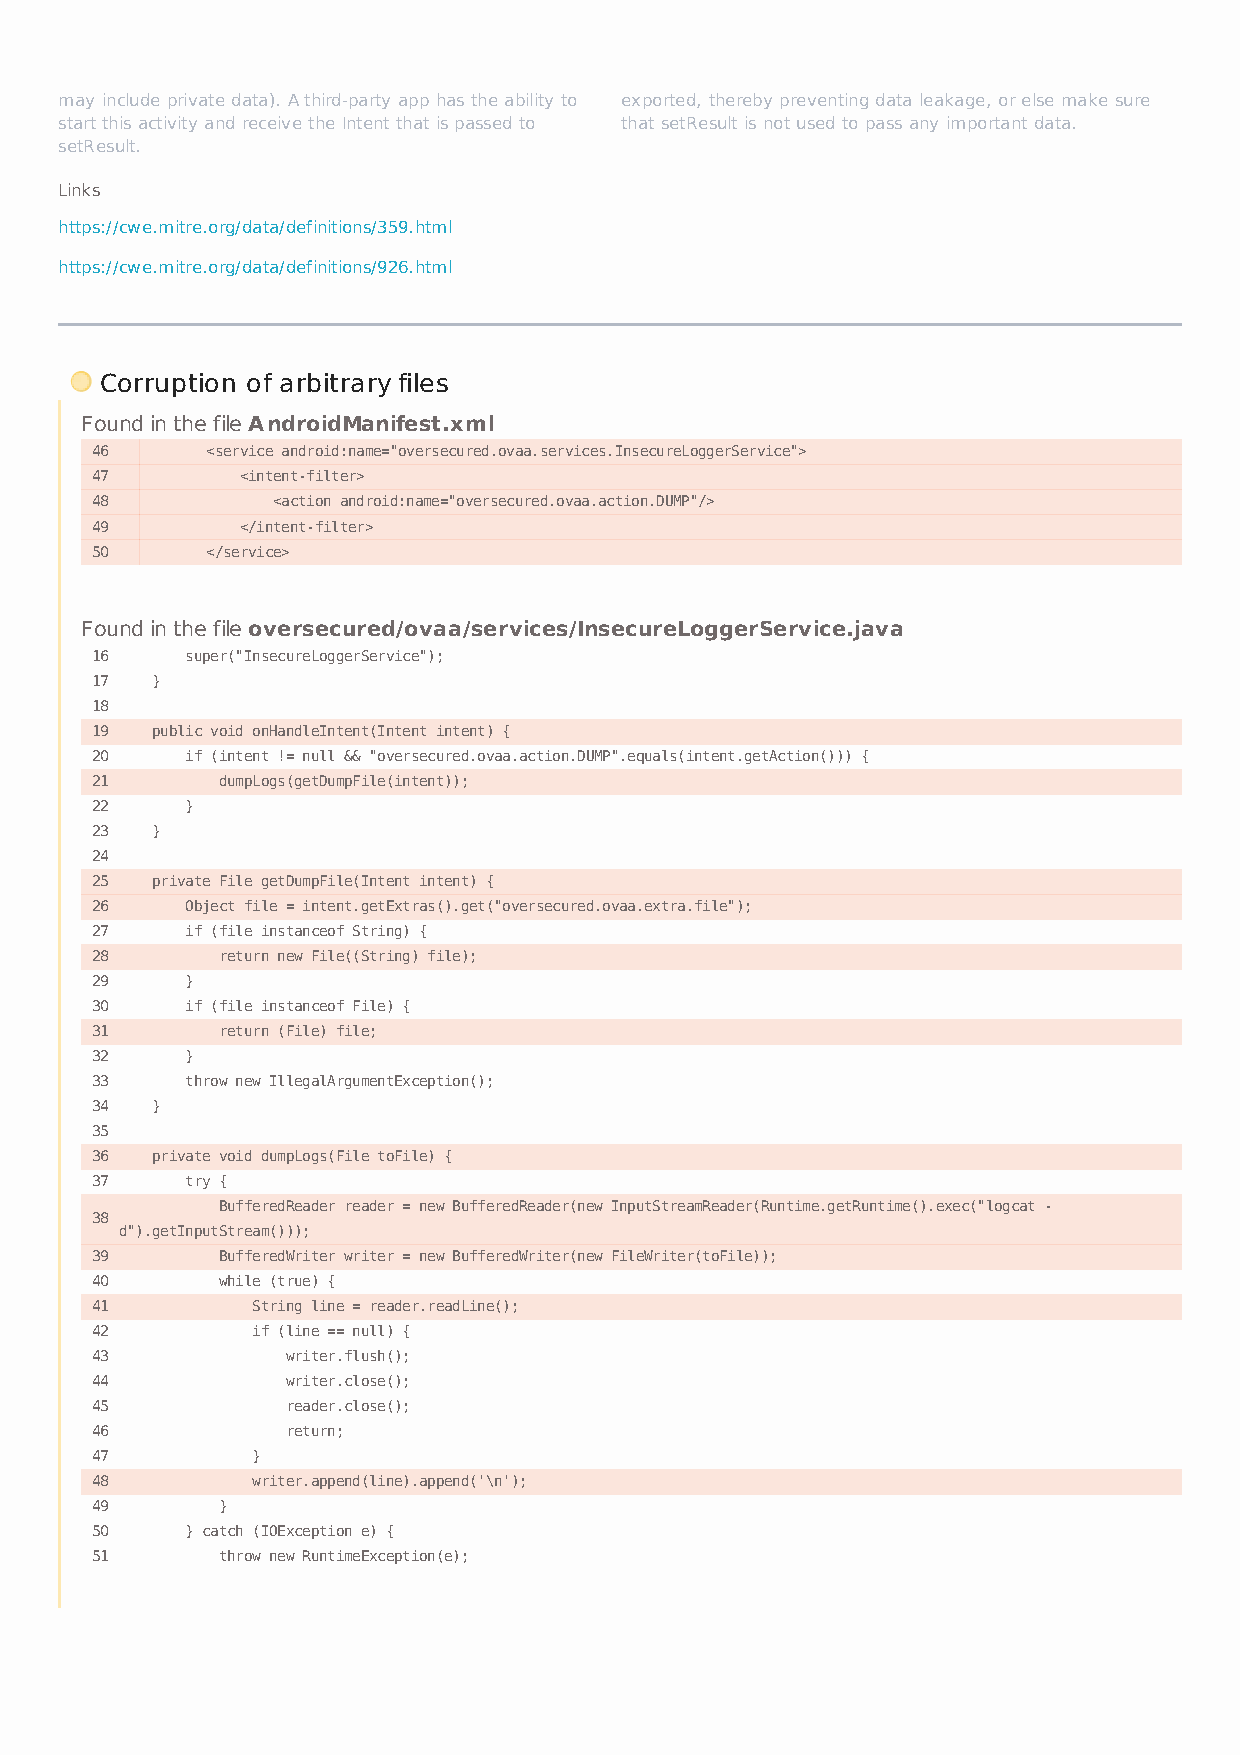
may include private data). A third-party app has the ability to exported, thereby preventing data leakage, or else make sure
 start this activity and receive the Intent that is passed to that setResult is not used to pass any important data.
 setResult.
 Links
 https://cwe.mitre.org/data/definitions/359.html
 https://cwe.mitre.org/data/definitions/926.html
 Corruption of arbitrary files
 Found in the file AndroidManifest.xml
 46      <service android:name="oversecured.ovaa.services.InsecureLoggerService">
 47        <intent-filter>
 48          <action android:name="oversecured.ovaa.action.DUMP"/>
 49        </intent-filter>
 50      </service>
 Found in the file oversecured/ovaa/services/InsecureLoggerService.java
 16    super("InsecureLoggerService");
 17  }
 18
 19  public void onHandleIntent(Intent intent) {
 20    if (intent != null && "oversecured.ovaa.action.DUMP".equals(intent.getAction())) {
 21      dumpLogs(getDumpFile(intent));
 22    }
 23  }
 24
 25  private File getDumpFile(Intent intent) {
 26    Object file = intent.getExtras().get("oversecured.ovaa.extra.file");
 27    if (file instanceof String) {
 28      return new File((String) file);
 29    }
 30    if (file instanceof File) {
 31      return (File) file;
 32    }
 33    throw new IllegalArgumentException();
 34  }
 35
 36  private void dumpLogs(File toFile) {
 37    try {
 BufferedReader reader = new BufferedReader(new InputStreamReader(Runtime.getRuntime().exec("logcat -
 38
 d").getInputStream()));
 39      BufferedWriter writer = new BufferedWriter(new FileWriter(toFile));
 40      while (true) {
 41         String line = reader.readLine();
 42         if (line == null) {
 43           writer.flush();
 44           writer.close();
 45           reader.close();
 46           return;
 47         }
 48         writer.append(line).append('\n');
 49      }
 50    } catch (IOException e) {
 51      throw new RuntimeException(e);